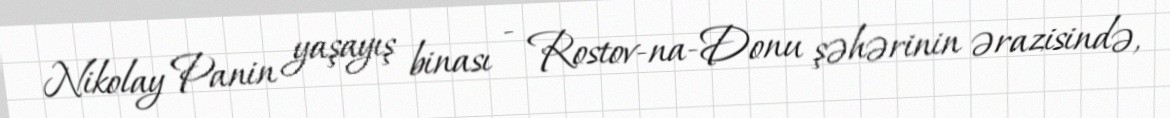
Nikolay Panin yaşayış binası - Rostov-na-Donu şəhərinin ərazisində,